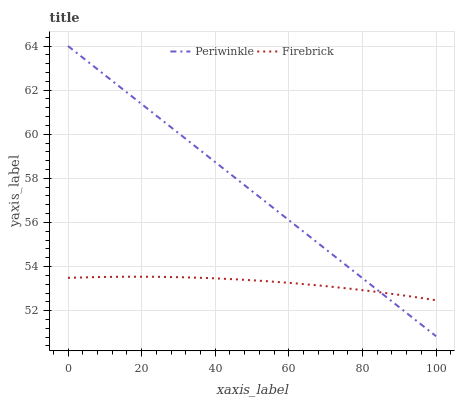
| xaxis_label | Periwinkle | Firebrick |
 | --- | --- | --- |
 | 0 | 64 | 53.5 |
 | 7.69 | 63 | 53.5 |
 | 15.4 | 62 | 53.5 |
 | 23.1 | 61 | 53.5 |
 | 30.8 | 60 | 53.5 |
 | 38.5 | 58.9 | 53.5 |
 | 46.2 | 57.9 | 53.4 |
 | 53.8 | 56.9 | 53.3 |
 | 61.5 | 55.9 | 53.2 |
 | 69.2 | 54.9 | 53.1 |
 | 76.9 | 53.9 | 53 |
 | 84.6 | 52.9 | 52.8 |
 | 92.3 | 51.9 | 52.7 |
 | 100 | 50.8 | 52.5 |